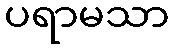
ပရာမသာ